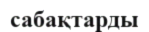
сабақтарды